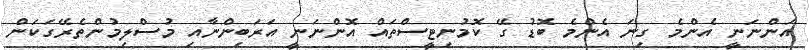
އަންނަނީ އެންމެ ގިނަ އެންމެ ބޮޑު ގޭ ކޮމުނިޓީސްތައް އޮންނަނީ އަރަބިންނާއި މުސްލިމުންތެރޭގަކަން